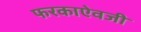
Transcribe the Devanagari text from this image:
फरकाऐवजी